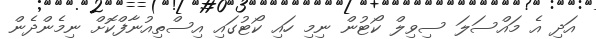
އަދި އެ މައްސަލަ ސިވިލް ކޯޓުން ނިމި ހައި ކޯޓުގައި އިސްތިއުނާފްކޮށް ނިމެންދެން